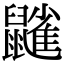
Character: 𪖀